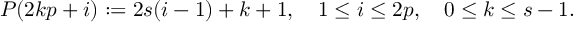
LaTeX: P ( 2 k p + i ) : = 2 s ( i - 1 ) + k + 1 , \quad 1 \leq i \leq 2 p , \quad 0 \leq k \leq s - 1 .